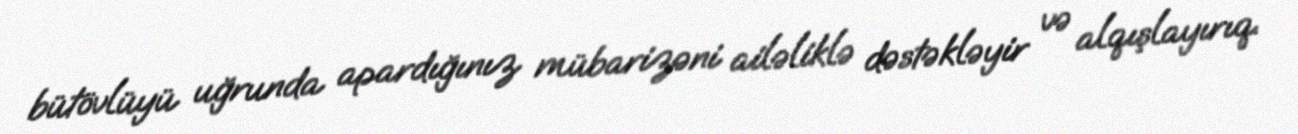
bütövlüyü uğrunda apardığınız mübarizəni ailəliklə dəstəkləyir və alqışlayırıq.